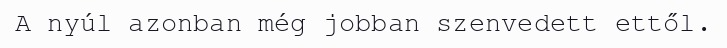
A nyúl azonban még jobban szenvedett ettől.